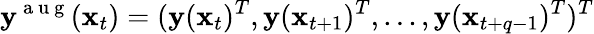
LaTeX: \mathbf{y}^{\mathrm{~a~u~g~}}(\mathbf{x}_{t})=(\mathbf{y}(\mathbf{x}_{t})^{T},\mathbf{y}(\mathbf{x}_{t+1})^{T},...,\mathbf{y}(\mathbf{x}_{t+q-1})^{T})^{T}